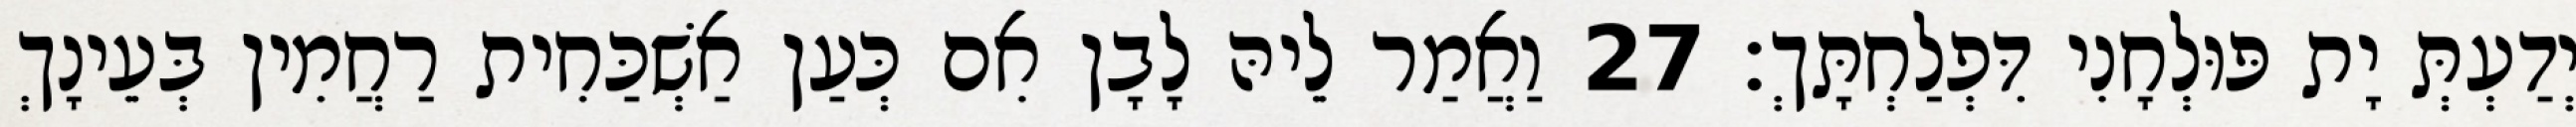
יְדַעְתְּ יָת פּוּלְחָנִי דִּפְלַחְתָּךְ׃ 27 וַאֲמַר לֵיהּ לָבָן אִם כְּעַן אַשְׁכַּחִית רַחֲמִין בְּעֵינָךְ